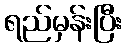
ရည်မှန်းပြီး